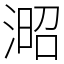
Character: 𣸬